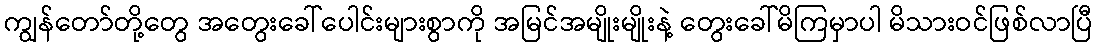
ကျွန်တော်တို့တွေ အတွေးခေါ်ပေါင်းများစွာကို အမြင်အမျိုးမျိုးနဲ့ တွေးခေါ်မိကြမှာပါ မိသားဝင်ဖြစ်လာပြီ